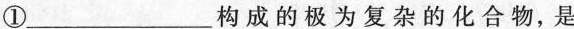
①___构成的极为复杂的化合物，是